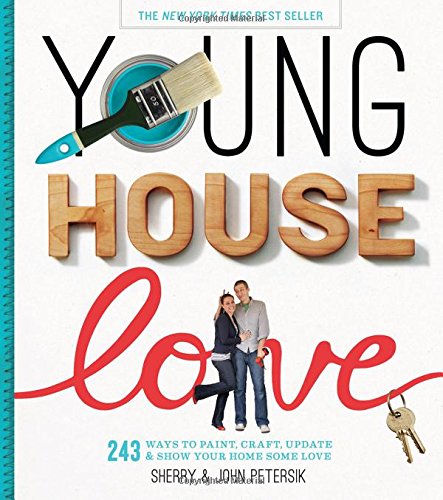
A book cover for Young House Love: 243 Ways to Paint, Craft, Update & Show Your Home Some Love; Sherry Petersik; Arts & Photography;